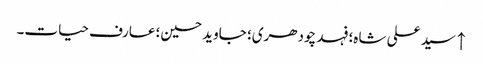
↑ سید علی شاہ؛ فہد چودھری؛ جاوید حسین؛ عارف حیات۔